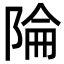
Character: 陯